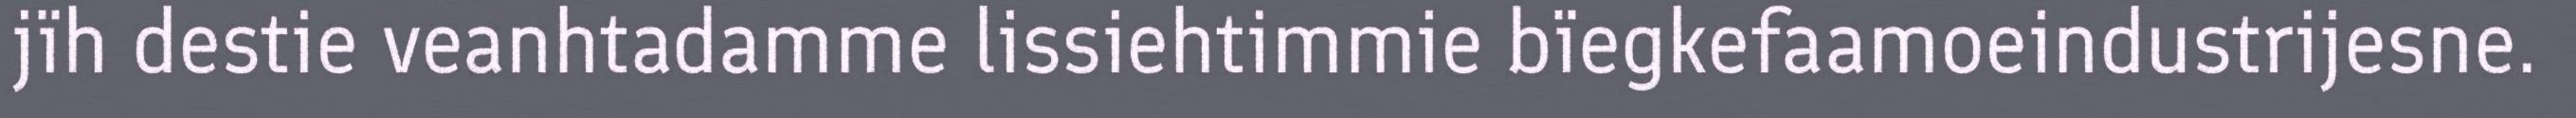
jïh destie veanhtadamme lissiehtimmie bïegkefaamoeindustrijesne.